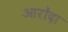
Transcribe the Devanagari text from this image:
आरोंदा